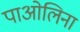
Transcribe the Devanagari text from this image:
पाओलिना